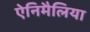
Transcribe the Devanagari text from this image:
ऐनिमैलिया